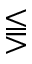
\lesseqqgtr